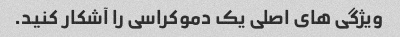
ویژگی های اصلی یک دموکراسی را آشکار کنید.